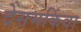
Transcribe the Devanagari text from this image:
देसमकिंवा